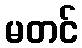
မတင်